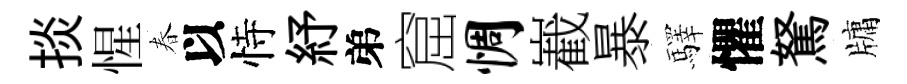
掞惺春以恃紓弟窟惆嶻暴驛懼駑牗